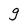
Character: g